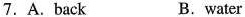
7.A. Back B.water